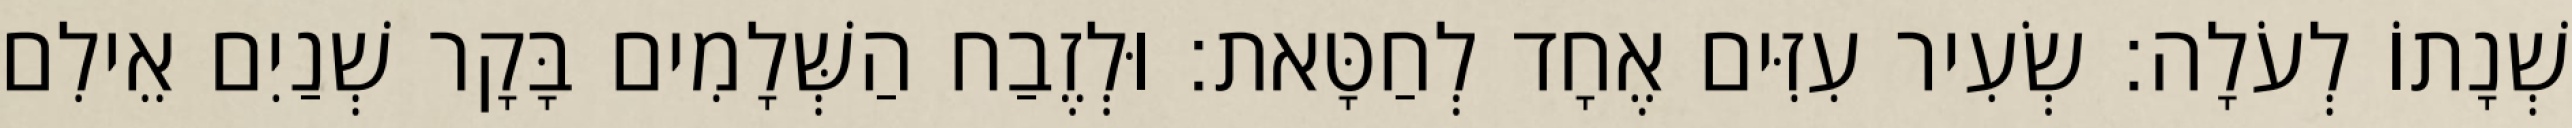
שְׁנָתוֹ לְעֹלָה׃ שְׂעִיר עִזִּים אֶחָד לְחַטָּאת׃ וּלְזֶבַח הַשְּׁלָמִים בָּקָר שְׁנַיִם אֵילִם